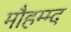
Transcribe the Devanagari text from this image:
मौहम्म्द